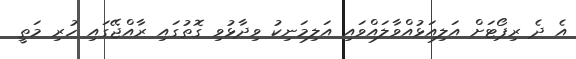
އެ ދެ ރިޕޯޓަށް އަލިއަޅުއްވާލައްވައި އަލިމަނިކު ވިދާޅުވި ގޮތުގައި ރާއްޖޭގައި ހުރި މަތީ